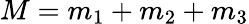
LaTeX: M=m_{1}+m_{2}+m_{3}